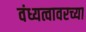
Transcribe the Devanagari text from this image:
वंध्यत्वावरच्या